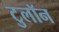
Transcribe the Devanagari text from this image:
टुलॉन